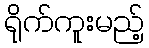
ရိုက်ကူးမည့်